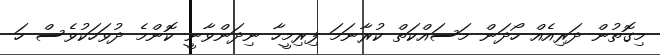
މިގޮތުން ދަރިއެއް ހޯދަން މަސައްކަތް ކުރާނަމަ ފިރިމީހާ ނިދަންވާނީ ކޮންމެ ދުވަހަކުވެސް ހަ